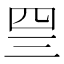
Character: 𰉐